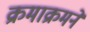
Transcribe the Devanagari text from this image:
क्रमाक्रमने